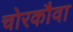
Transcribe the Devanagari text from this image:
चोरकौवा